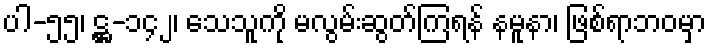
ပါ-၅၅၊ ဋ္ဌ-၁၄၂၊ သေသူကို မလွမ်းဆွတ်ကြရန် နမူနာ၊ ဖြစ်ရာဘဝမှာ